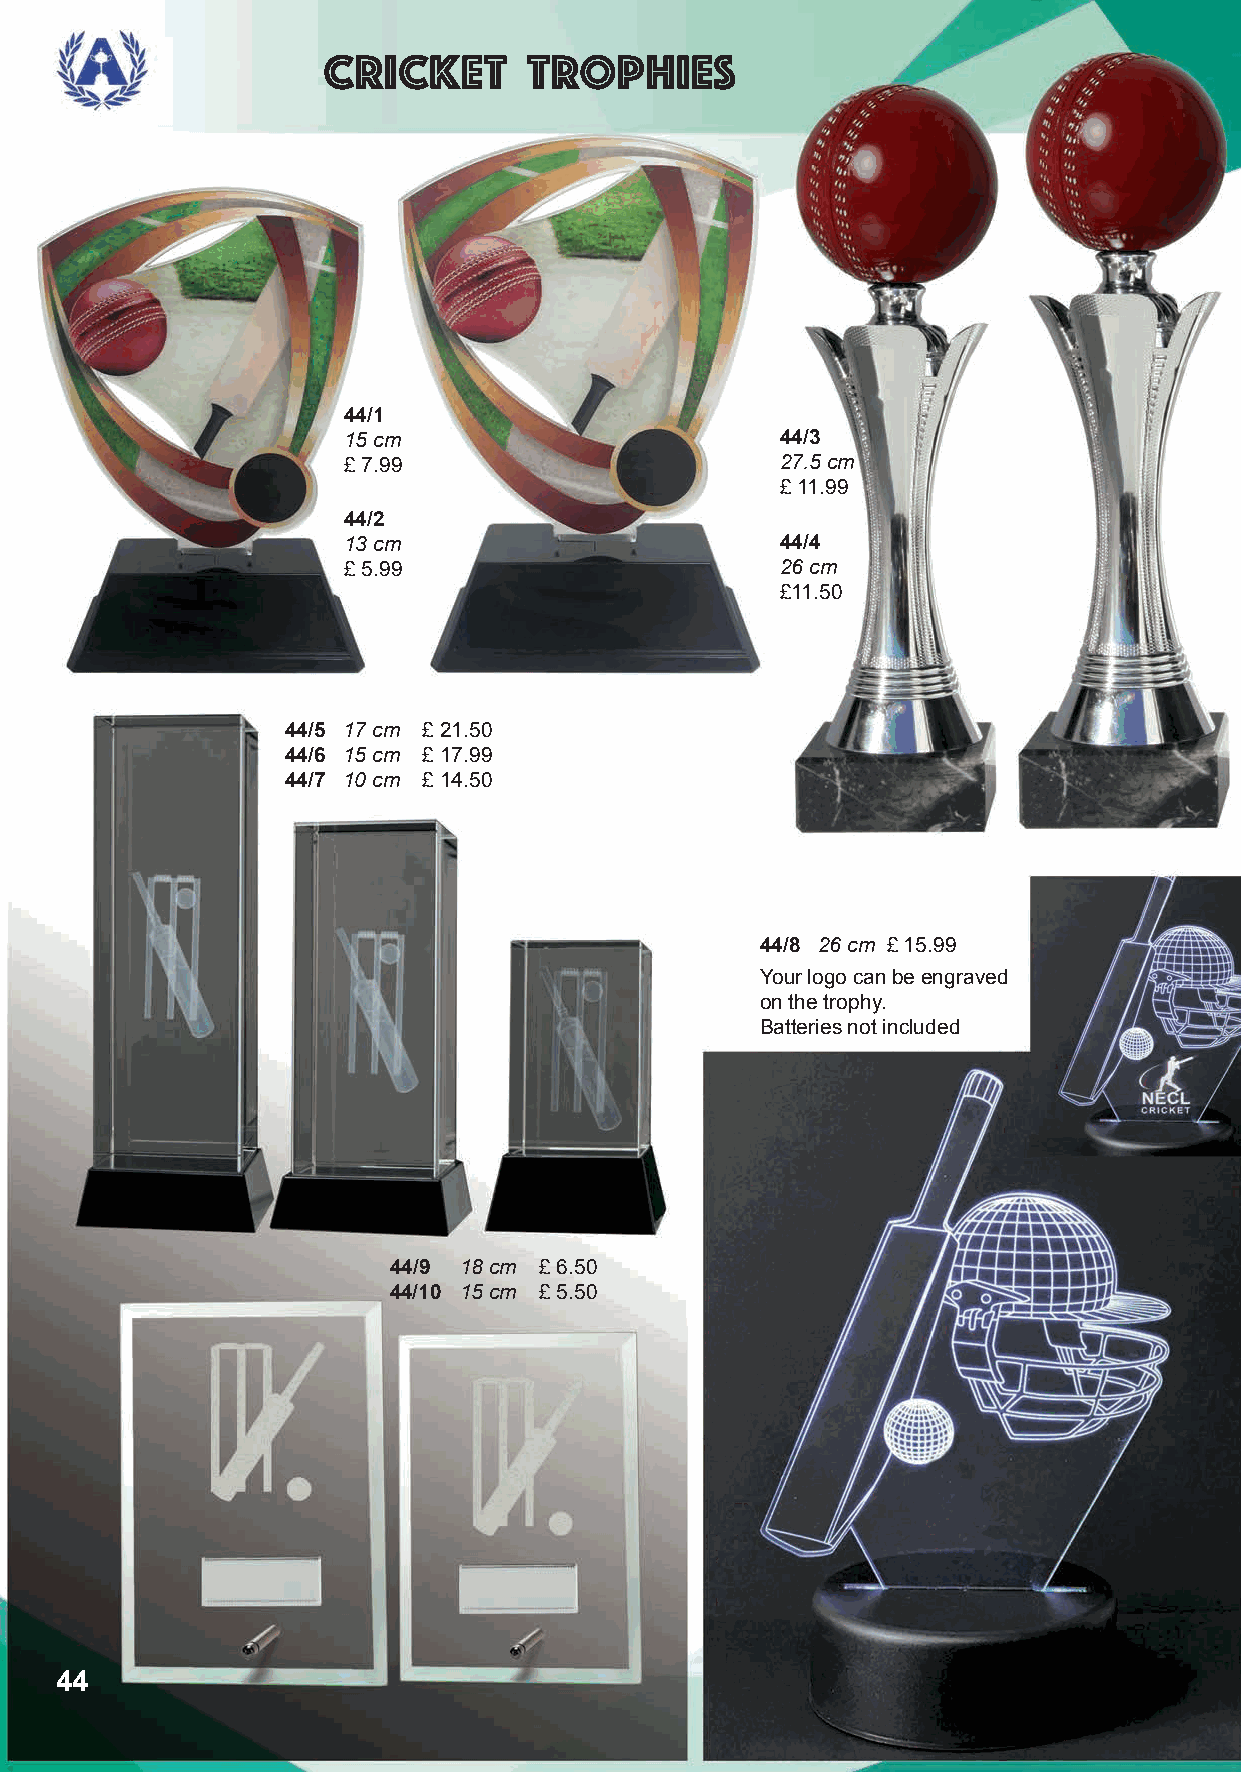
cricket       trophies
 44/1
 15 cm                        44/3
 £ 7.99                       27.5 cm
 £ 11.99
 44/2
 13 cm                        44/4
 £ 5.99                       26 cm
 £11.50
 44/5 17 cm £ 21.50
 44/6 15 cm £ 17.99
 44/7 10 cm £ 14.50
 44/8 26 cm £ 15.99
 Your logo can be engraved
 on the trophy.
 Batteries not included
 44/9 18 cm £ 6.50
 44/10 15 cm £ 5.50
 44